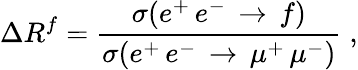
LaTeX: \Delta R^{f}={\frac{\sigma(e^{+}\, e^{-}\, \rightarrow\, f)}{\sigma(e^{+}\, e^{-}\, \rightarrow\, \mu^{+}\, \mu^{-})}}\; ,